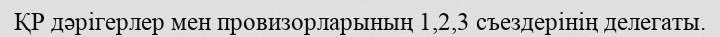
ҚР дәрігерлер мен провизорларының 1,2,3 съездерінің делегаты.